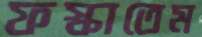
ফস্‌কাতেম